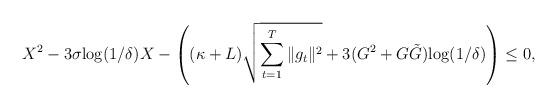
LaTeX: \begin{align*}X^2 - 3 \sigma {\log(1/\delta)} X - \left( (\kappa + L )\sqrt{\sum_{t=1}^T \|g_t\|^2} + 3 (G^2 + G \tilde G) {\log(1/\delta)} \right) \leq 0,\end{align*}